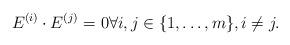
LaTeX: \begin{align*}E^{(i)} \cdot E^{(j)}=0 \forall i,j \in \{1,\ldots,m\}, i \neq j.\end{align*}